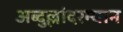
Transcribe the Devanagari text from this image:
अब्दुल्लांदरम्यान